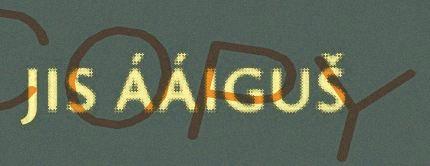
JIS ÁÁIGUŠ